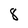
Character: 8